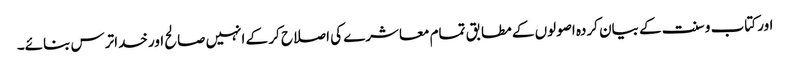
اور کتاب و سنت کے بیان کردہ اصولوں کے مطابق تمام معاشرے کی اصلاح کر کے انہیں صالح اور خداترس بنائے۔